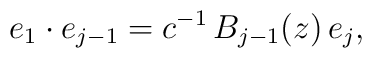
e_1 \cdot e_{j-1} = c^{-1} \, B_{j-1}(z) \, e_{j},